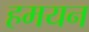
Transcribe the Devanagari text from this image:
हमयन